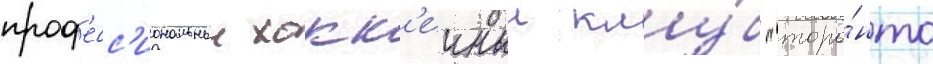
проф'есс'иональныи хокк'еиныи клу́б "торо́нто